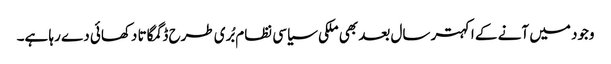
وجود میں آنے کے اکہتر سال بعد بھی ملکی سیاسی نظام بُری طرح ڈگمگاتا دکھائی دے رہا ہے۔